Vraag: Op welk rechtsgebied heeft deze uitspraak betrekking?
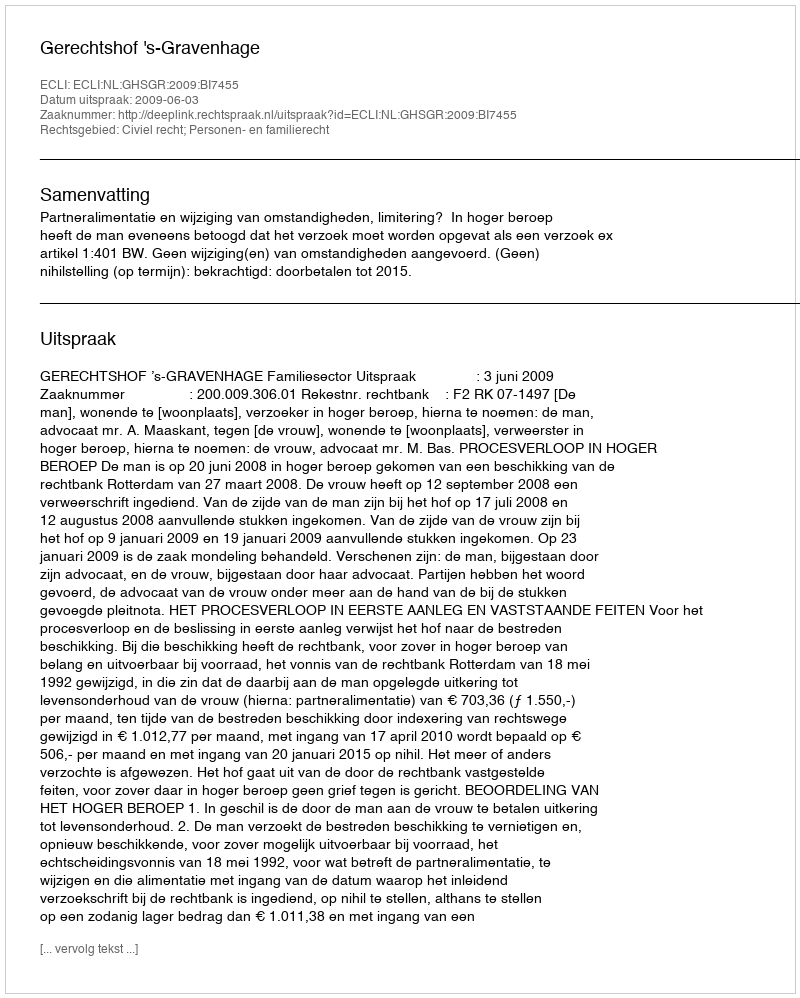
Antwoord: Civiel recht; Personen- en familierecht